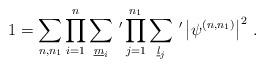
LaTeX: \begin{align*}1=\sum_{n,n_1} \prod_{i=1}^n \sum_{\underline{m}_i}\,^\prime \prod_{j=1}^{n_1}\sum_{\underline{l}_j}\,^\prime \left|\psi^{(n,n_1)}\right|^2\,.\end{align*}